Report on horse surra - Volume II, Part II
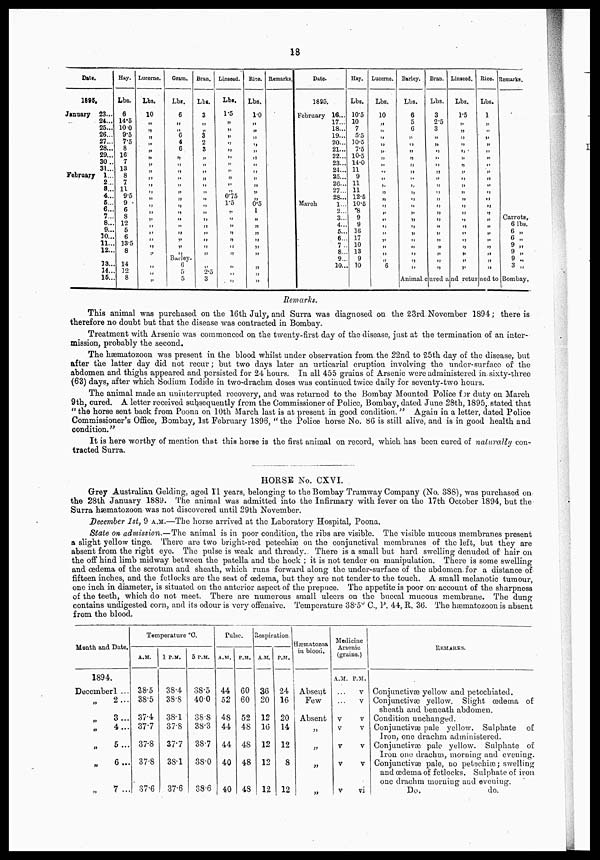
13
Date.
1896.
January 23...
24...
25...
26...
27...
28...
29...
30..
31...
February 1...
2...
8...
4...
6...
6...
7...
8...
9...
30...
11...
12...
13...
14..
15..
Hay.
Lbs.
6
14.5
10 0
9.5
7.5
8
16
7
13
8
7
11
9.5
9
6
8
12
5
6
13.5
8
14
12
8
Lucerne.
Lbs.
10
„
„
„
„
„
„
„
„
„
„
„
„
„
„
„
„
„
„
„
„
„
„
„
Gram.
Lbs.
6
„
„
6 4
6
„
„
„
„
„
„
„
„
„
„
„
„
„
„
Barley.
6
5
5.
Bran.
Lbs.
3
„
„
3
2
3
„
„
„
„
„
„
„
„
„
„
„
„
„
„
„
„
2.5
3
Linseed. 1
Lbs.
1.5
„
„
„
„
„
„
„
„
„
„
„
0.75
1.5
„
„
„
„
„
„
„
„
„
„
Rise.
Lbs.
1.0
„
„
„
„
„
„
„
„
„
„
„
„
0.5
1
„
„
„
„
„
„
„
„
„
Remarks.
Date.
1885.
February
March
16...
17...
18...
19...
20...
21...
22...
23...
24...
25...
26...
27...
28...
1...
2...
3...
4...
5...
6...
7 ..
8...
9...
10...
Hay.
Lbs.
10.5
10
7
5.5
10.5
7.5
10.5
14.0
11
9
11
11
12.5
10.5
8
9
9
16
17
10
13
9
10
Lucerne.
Lbs.
10
„
„
„
„
„
„
„
„
„
„
„
„
„
„
„
„
„
„
„
„
6
Barley.
Lbs.
6
5
6
„
„
„
„
„
„
„
„
„
„
„
„
„
„
„
„
„
„
„
Bran.
Lbs.
3
2.5
3
„
„
„
„
„
„
„
„
„
„
„
„
„
„
„
„
„
„
„
Animal, c ured a
Linseed.
Lbs.
1.5
„
„
„
„
„
„
„
„
„
„
„
„
„
„
„
„
„
„
„
„
„
„
nd retm
Rice.
Lbs.
1
„
„
„
„
„
„
„
„
„
„
„
„
„
„
„
„
„
„
„
„
„
tied to
Remarks.
Carrots
6 lbs
6 „
c „
9 „
9 „
9 „
3 „
Bombay,
Remarks.
This animal was purchased on the 16th July, and Surra was diagnosed on the 23rd. November 1894; there is
therefore no doubt but that the disease was contracted in Bombay.
Treatment with Arsenic was commenced on the twenty-first day of the disease, just at the termination of an inter-
mission, probably the second.
The hæmatozoon was present in the blood whilst under observation from, the 22nd to 25th day of the disease, but
after the latter day did not recur; but two days later an urticarial eruption involving the under-surface of the
abdomen and thighs appeared and persisted for 24 hours. In all 455 grains of Arsenic were administered in. sixty-three
(63) days, after which Sodium Iodide in two-drachm doses was continued twice daily for seventy-two hours.
The animal made an uninterrupted recovery, and was returned to the Bombay Mounted Police for duty on March
9th, cured. A letter received subsequently from the Commissioner of Police, Bombay, dated June 28th, 1895,. stated that
„ the horse sent back from Poona on 10th March last is at present in good condition. „ Again in a letter, dated Police
Commissioner's Office, Bombay, 1st February 1896, „ the Police horse No. 86 is still alive, and is in good health and
condition.„
It is here worthy of mention that this horse is the first animal on record, which has been cured of naturally con-
tracted Surra.
HORSE No. CXVI.
Grey Australian Gelding, aged I 1 years, belonging to the Bombay Tramway Company (No. 388), was purchased on
the 28th January 1889. The animal was admitted into the Infirmary with fever on the 17th October 1894, but the
Surra hæmatozoon was not discovered until 29th November.
December 1st, 9 A.M.—The horse arrived at the Laboratory Hospital, Poona.
State on admission.—The animal is in poor condition, the ribs are visible. The visible mucous membranes present
a slight yellow tinge. There are two bright-red petechias on the conjunctival membranes of the left, but they are
absent from the right eye. The pulse is weak and thready.. There is a small but hard swelling denuded of hair on
the off hind limb midway between the patella and the hock ; it is not tender on manipulation. There is some swelling
and oedema of the scrotum and sheath, which runs forward along the under-surface of the abdomen for a distance of
fifteen inches, and the fetlocks are the seat of oedema, but they are not tender to the touch. A small melanotic tumour,
one inch in diameter, is situated on the anterior aspect of the prepuce. The appetite is poor on account of the sharpness
of the teeth, which do not meet. There are numerous small ulcers on the buccal mucous membrane. The dung
contains undigested corn, and its odour is very offensive. Temperature 38.5° C, P. 44, R. 36. The hæmatozoon is absent
from the blood.
Month and Date.
1894.
December l ...
„
2...
„
3...
„
4...
„
5 ...
„
6 ...
„
7 ...
Temperature °C.
A.M.
38.5
38.5
37.4
37 7
37.8
37.8
37.6
1 P.M.
38.4
38.8
38.1
37.8
37.7
38.1
37.6
5 P.M.
38.5
40.0
38.8
38.3
38.7
38.0
38.6
Pulse.
A.M.
44
52
48
44
44
40
40
P.M.
60
60
52
48
48
48
48
Respiration.
A.M.
36
20
12
16
12
12
12
P.M.
24
16
20
14
12
8
12
Hæmatozoa
in blood.
Absent
Few
Absent
„
„
„
„
Medicine
Arsenic
(grains.)
A.M.
...
...
v
v
v
v
v
REMARKS.
P.M.
v
v
v
v
v
v
vi
Conjunctivæ yellow and petcchiated.
Conjunctivæ yellow. Slight œdema of
sheath and beneath abdomen.
Condition unchanged.
Conjunctivæ pale yellow. Sulphate of
Iron, one drachm administered.
Conjunctivæ pale yellow. Sulphate of
Iron ono drachm, morning and evening.
Conjunctivæ pale, no petechiæ; swelling
and œdema of fetlocks. Sulphate of iron
one drachm morning and evening.
Do,
do.